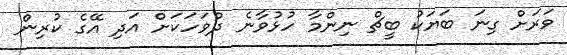
ވަރަށް ގިނަ ބަޔަކު ބީޗް ނިންމާ ހުޅުވާނެ ދުވަހަކަށް އަދި އޭގެ ކުރިން